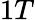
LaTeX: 1T